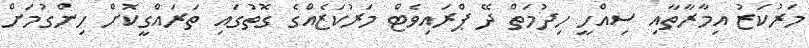
މަރުކަޒު އިމާރާތާއި ސިއްހީ ހިދުމަތް ދޭ ޕްރައިވެޓް މަރުކަޒެއްގެ ގޮތުގައި ތަރައްގީކޮށް ހިންގުމަށް